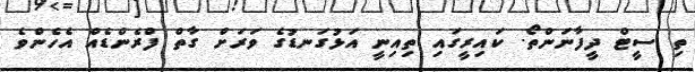
ތި ސީޓް ދީފާނަންތޯ. ކައިރީގައި ތިއިނީ އަޅުގަނޑުގެ ވަރަށް ގާތް ފްރެންޑެއް އެހެންވެ